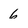
Character: 6